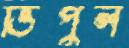
ভিপুল